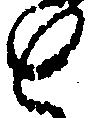
と